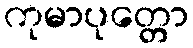
ကုမာပုတ္တော